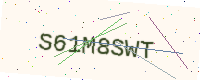
Text: S61M8SWT